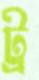
ট্র